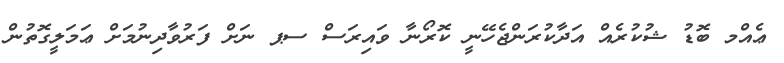
ޢެއްމ ބޮޑު ޝުކުރެއް އަދާކުރަންޖެހޭނީ ކޮރޯނާ ވައިރަސް ސޕ ނަށް ފަރުވާދިނުމަށް ޢަމަލީގޮތުން